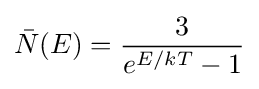
{\bar {N}}(E)={3 \over e^{E/kT}-1}